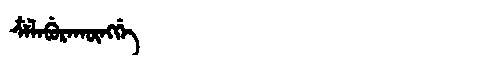
Manchu: ᠴᠶᠯᡝᠪᡠᡵᠠᡴᡡᠩᡤᡝ
Romanization: CYLEBURAKŪNGGE